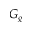
G _ { g }